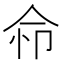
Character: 𢘈